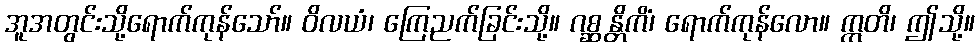
အူအတွင်းသို့ရောက်ကုန်သော်။ ဝိလယံ၊ ကြေညက်ခြင်းသို့။ ဂစ္ဆန္တိကိံ၊ ရောက်ကုန်လော။ ဣတိ၊ ဤသို့။